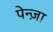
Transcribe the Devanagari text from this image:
पेन्ज़ा